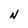
Character: N